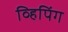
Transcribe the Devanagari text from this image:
व्हिपिंग